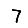
Digit: 7